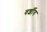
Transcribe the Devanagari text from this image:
वर्शीय